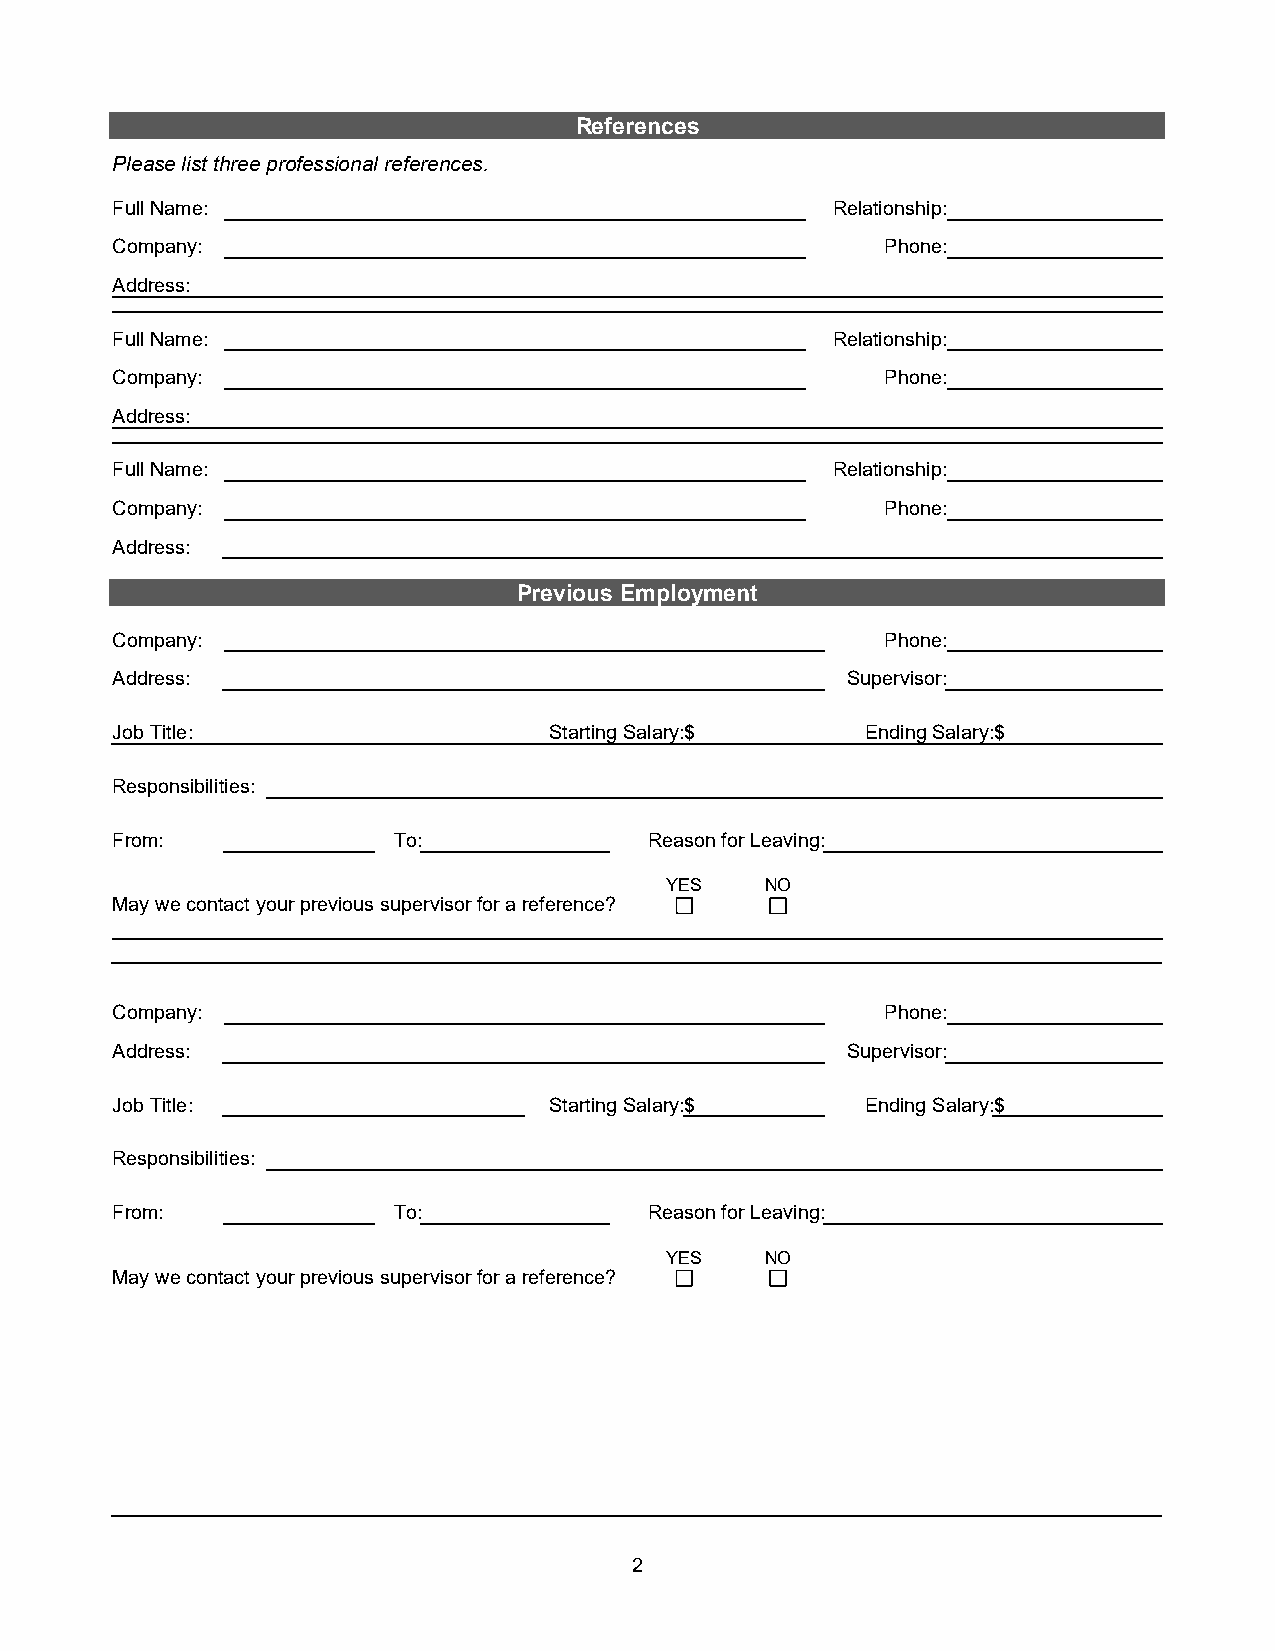
References
 Please list three professional references.
 Full Name:                                      Relationship:
 Company:                                            Phone:
 Address:
 Full Name:                                      Relationship:
 Company:                                            Phone:
 Address:
 Full Name:                                      Relationship:
 Company:                                            Phone:
 Address:
 Previous Employment
 Company:                                            Phone:
 Address:                                         Supervisor:
 Job Title:                   Starting Salary: $   Ending Salary: $
 Responsibilities:
 From:              To:              Reason for Leaving:
 YES    NO
 May we contact your previous supervisor for a reference?
 Company:                                            Phone:
 Address:                                         Supervisor:
 Job Title:                   Starting Salary: $   Ending Salary: $
 Responsibilities:
 From:              To:              Reason for Leaving:
 YES    NO
 May we contact your previous supervisor for a reference?
 2